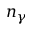
n _ { \gamma }